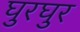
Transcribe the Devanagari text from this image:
घुरघुर